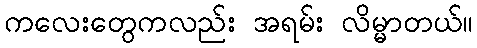
ကလေးတွေကလည်း အရမ်း လိမ္မာတယ်။